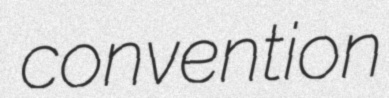
convention